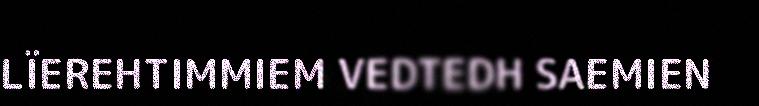
LÏEREHTIMMIEM VEDTEDH SAEMIEN